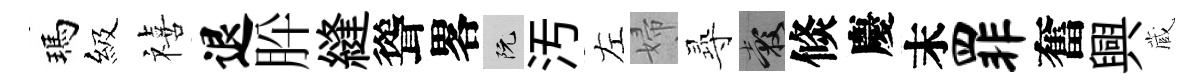
瑪級禧退肸縫聳畧阮汚左婦𡬶穀倐慶末罪奮興蔵